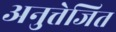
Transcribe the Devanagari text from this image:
अनुत्तेजित